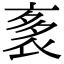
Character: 袲